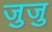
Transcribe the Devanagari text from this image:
जुजु